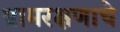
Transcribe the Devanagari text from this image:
ग्रामरक्षणाचे